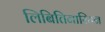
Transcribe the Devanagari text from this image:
लिबितिनारियन